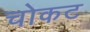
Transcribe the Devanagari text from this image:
चोकट